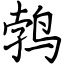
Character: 鹁